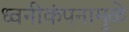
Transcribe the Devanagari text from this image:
ध्वनीकंपनामुळे